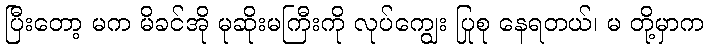
ပြီးတော့ မက မိခင်အို မုဆိုးမကြီးကို လုပ်ကျွေး ပြုစု နေရတယ်၊ မ တို့မှာက